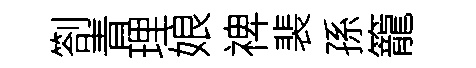
劄青理娘禆裴孫籠